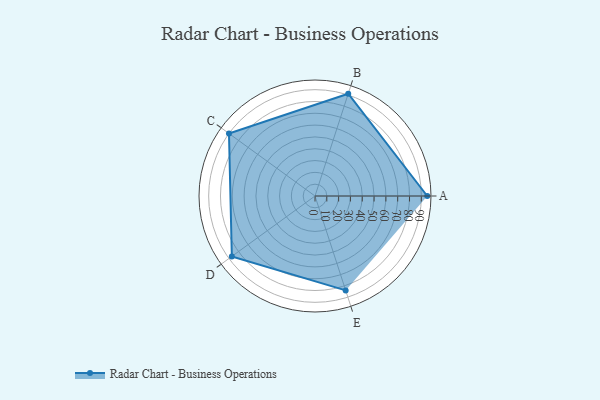
{"axis": {"x": "Skill", "y": "Score"}, "legend": ["Profile"], "data": [{"x": "A", "y": 95.0, "type": "Profile"}, {"x": "B", "y": 91.0, "type": "Profile"}, {"x": "C", "y": 90.0, "type": "Profile"}, {"x": "D", "y": 87.0, "type": "Profile"}, {"x": "E", "y": 84.0, "type": "Profile"}]}